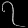
Digit: ၇